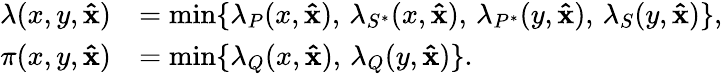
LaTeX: \begin{array}{rl}{\lambda(x,y,\mathbf{\hat{x}})}&{=\operatorname*{min}\{ \lambda_{P}(x,\mathbf{\hat{x}}),\, \lambda_{S^{*}}(x,\mathbf{\hat{x}}),\, \lambda_{P^{*}}(y,\mathbf{\hat{x}}),\, \lambda_{S}(y,\mathbf{\hat{x}})\} ,}\\ {\pi(x,y,\mathbf{\hat{x}})}&{=\operatorname*{min}\{ \lambda_{Q}(x,\mathbf{\hat{x}}),\, \lambda_{Q}(y,\mathbf{\hat{x}})\} .}\end{array}